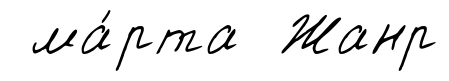
ма́рта Жанр